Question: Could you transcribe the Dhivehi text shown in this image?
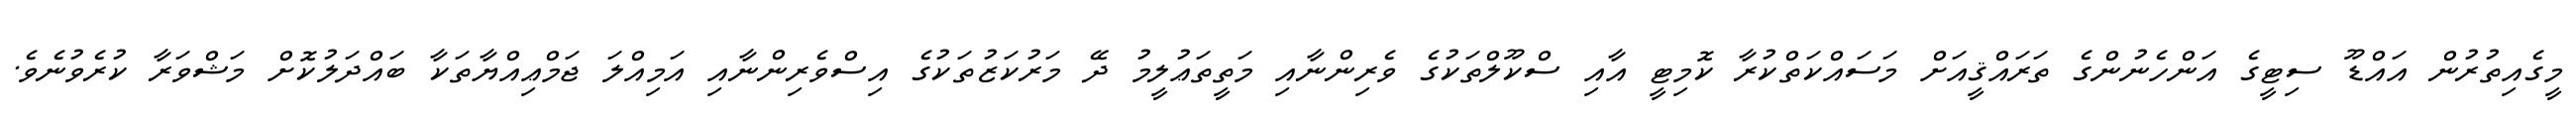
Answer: މީގެއިތުރުން އައްޑޫ ސިޓީގެ އަންހެނުންގެ ތަރައްޤީއަށް މަސައްކަތްކުރާ ކޮމިޓީ އާއި ސްކޫލްތަކުގެ ވެރިންނާއި މަތީތަޢުލީމު ދޭ މަރުކަޒުތަކުގެ އިސްވެރިންނާއި އަމިއްލަ ޖަމްޢިއްޔާތަކާ ބައްދަލުކޮށް މަޝްވަރާ ކުރެވުނެވެ.